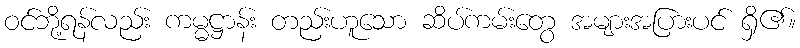
ဝင်ဘို့ရန်လည်း ကမ္မဋ္ဌာန်း တည်းဟူသော ဆိပ်ကမ်းတွေ အများအပြားပင် ရှိ၏။